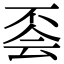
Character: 𠀾